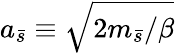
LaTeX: a_{\bar{s}}\equiv\sqrt{{2m_{\bar{s}}}/{\beta}}